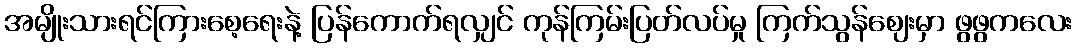
အမျိုးသားရင်ကြားစေ့ရေးနဲ့ ပြန်ကောက်ရလျှင် ကုန်ကြမ်းပြတ်လပ်မှု ကြက်သွန်ဈေးမှာ ဖွဖွကလေး